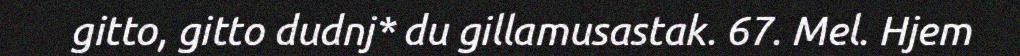
gitto, gitto dudnj* du gillamusastak. 67. Mel. Hjem